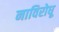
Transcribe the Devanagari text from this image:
नाविरोधू